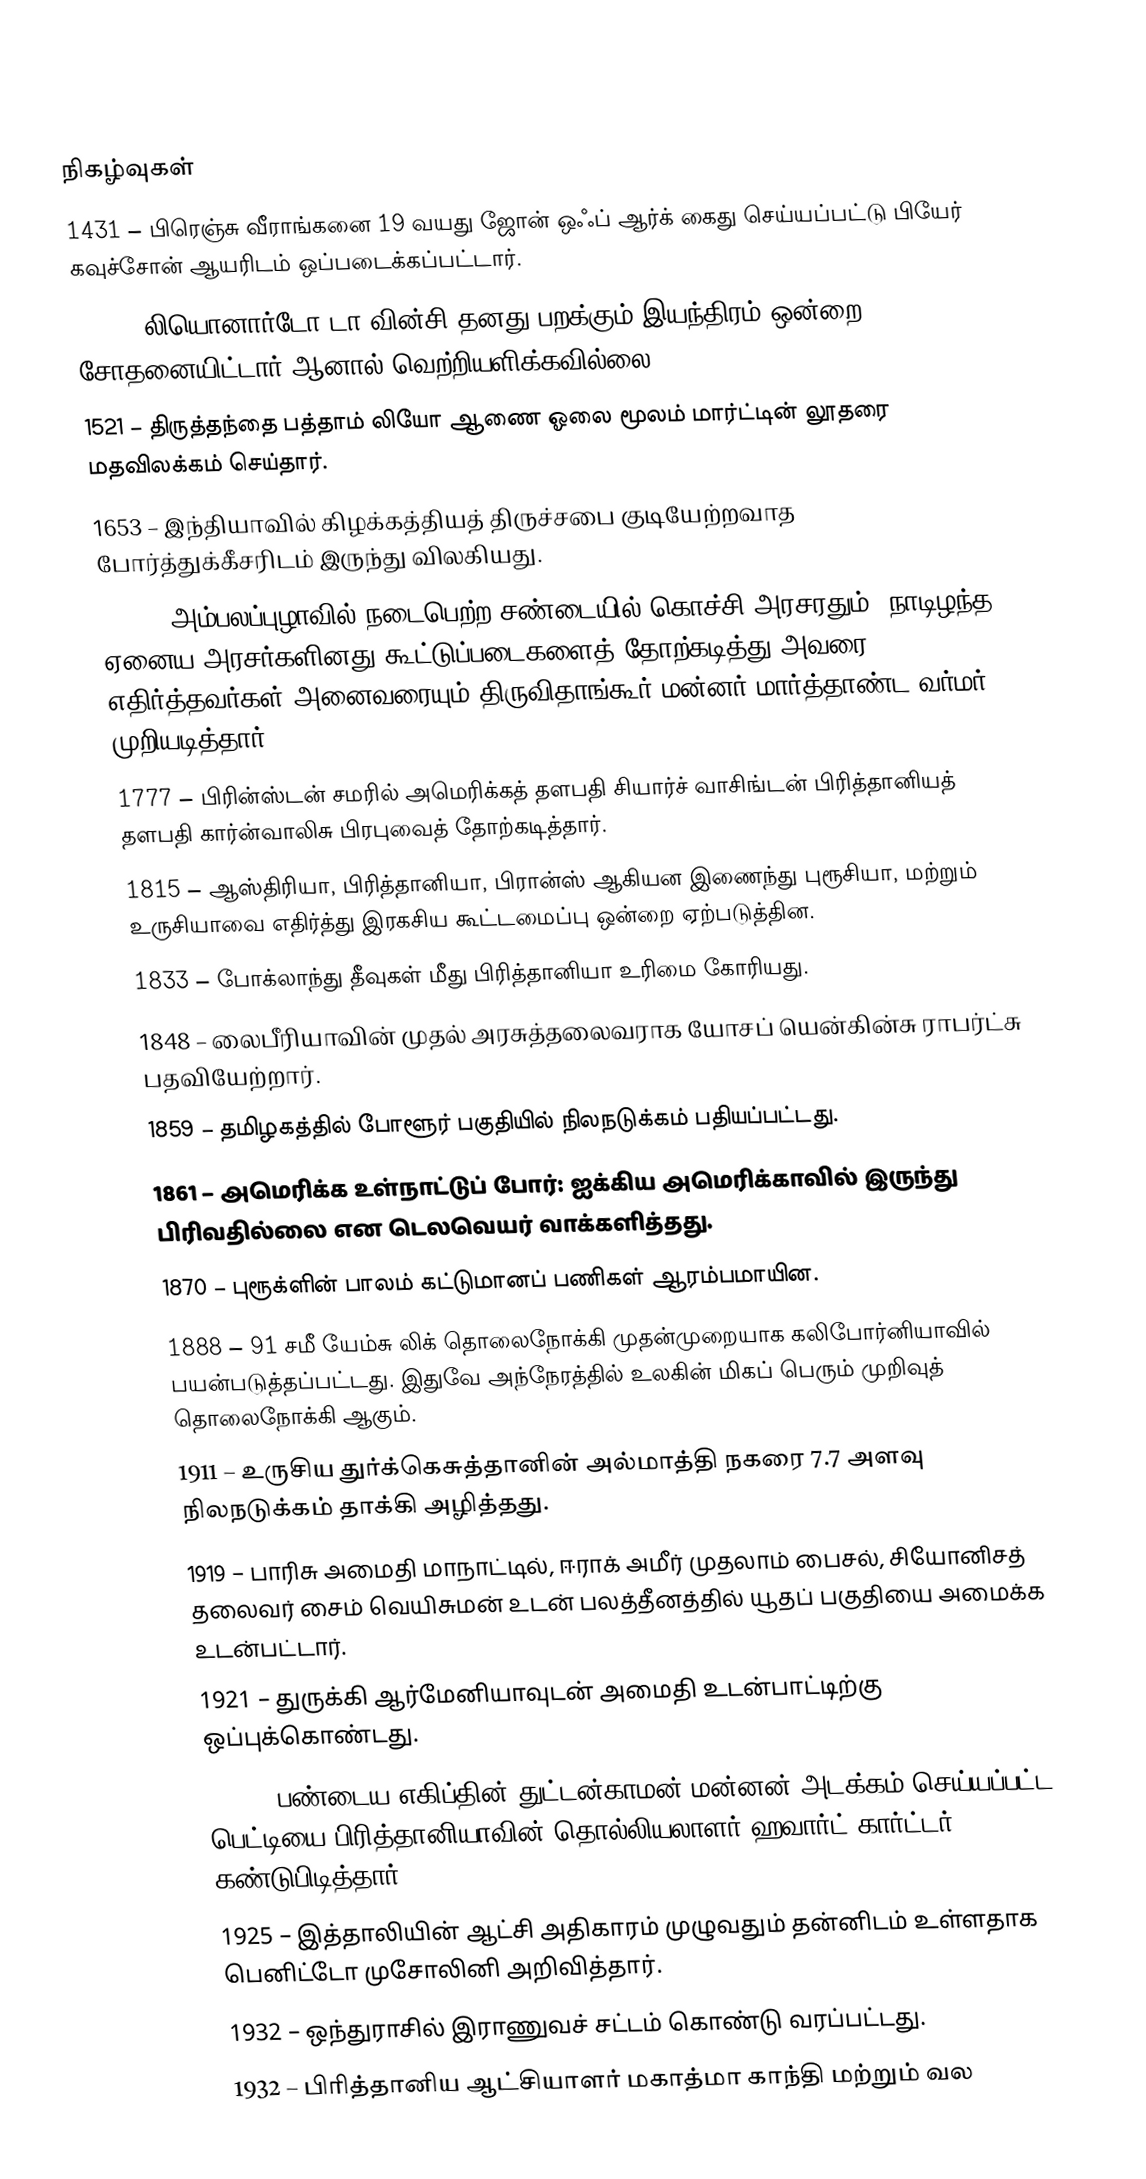

நிகழ்வுகள்
1431 – பிரெஞ்சு வீராங்கனை 19 வயது ஜோன் ஒஃப் ஆர்க் கைது செய்யப்பட்டு பியேர் கவுச்சோன் ஆயரிடம் ஒப்படைக்கப்பட்டார்.
1496 – லியொனார்டோ டா வின்சி தனது பறக்கும் இயந்திரம் ஒன்றை சோதனையிட்டார் ஆனால் வெற்றியளிக்கவில்லை.
1521 – திருத்தந்தை பத்தாம் லியோ ஆணை ஓலை மூலம் மார்ட்டின் லூதரை மதவிலக்கம் செய்தார்.
1653 – இந்தியாவில் கிழக்கத்தியத் திருச்சபை குடியேற்றவாத போர்த்துக்கீசரிடம் இருந்து விலகியது.
1754 – அம்பலப்புழாவில் நடைபெற்ற சண்டையில் கொச்சி அரசரதும், நாடிழந்த ஏனைய அரசர்களினது கூட்டுப்படைகளைத் தோற்கடித்து அவரை எதிர்த்தவர்கள் அனைவரையும் திருவிதாங்கூர் மன்னர் மார்த்தாண்ட வர்மர் முறியடித்தார்.
1777 – பிரின்ஸ்டன் சமரில் அமெரிக்கத் தளபதி சியார்ச் வாசிங்டன் பிரித்தானியத் தளபதி கார்ன்வாலிசு பிரபுவைத் தோற்கடித்தார்.
1815 – ஆஸ்திரியா, பிரித்தானியா, பிரான்ஸ் ஆகியன இணைந்து புரூசியா, மற்றும் உருசியாவை எதிர்த்து இரகசிய கூட்டமைப்பு ஒன்றை ஏற்படுத்தின.
1833 – போக்லாந்து தீவுகள் மீது பிரித்தானியா உரிமை கோரியது.
1848 – லைபீரியாவின் முதல் அரசுத்தலைவராக யோசப் யென்கின்சு ராபர்ட்சு பதவியேற்றார்.
1859 – தமிழகத்தில் போளூர் பகுதியில் நிலநடுக்கம் பதியப்பட்டது.
1861 – அமெரிக்க உள்நாட்டுப் போர்: ஐக்கிய அமெரிக்காவில் இருந்து பிரிவதில்லை என டெலவெயர் வாக்களித்தது.
1870 – புரூக்ளின் பாலம் கட்டுமானப் பணிகள் ஆரம்பமாயின.
1888 – 91 சமீ யேம்சு லிக் தொலைநோக்கி முதன்முறையாக கலிபோர்னியாவில் பயன்படுத்தப்பட்டது. இதுவே அந்நேரத்தில் உலகின் மிகப் பெரும் முறிவுத் தொலைநோக்கி ஆகும்.
1911 – உருசிய துர்க்கெசுத்தானின் அல்மாத்தி நகரை 7.7 அளவு நிலநடுக்கம் தாக்கி அழித்தது.
1919 – பாரிசு அமைதி மாநாட்டில், ஈராக் அமீர் முதலாம் பைசல், சியோனிசத் தலைவர் சைம் வெயிசுமன் உடன் பலத்தீனத்தில் யூதப் பகுதியை அமைக்க உடன்பட்டார்.
1921 – துருக்கி ஆர்மேனியாவுடன் அமைதி உடன்பாட்டிற்கு ஒப்புக்கொண்டது.
1924 – பண்டைய எகிப்தின் துட்டன்காமன் மன்னன் அடக்கம் செய்யப்பட்ட பெட்டியை பிரித்தானியாவின் தொல்லியலாளர் ஹவார்ட் கார்ட்டர் கண்டுபிடித்தார்.
1925 – இத்தாலியின் ஆட்சி அதிகாரம் முழுவதும் தன்னிடம் உள்ளதாக பெனிட்டோ முசோலினி அறிவித்தார்.
1932 – ஒந்துராசில் இராணுவச் சட்டம் கொண்டு வரப்பட்டது.
1932 – பிரித்தானிய ஆட்சியாளர் மகாத்மா காந்தி மற்றும் வல